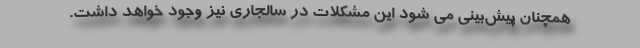
همچنان پیش‌بینی می شود این مشکلات در سالجاری نیز وجود خواهد داشت.